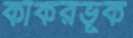
কাঁকরভূক